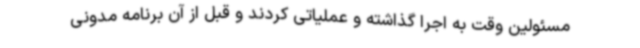
مسئولین وقت به اجرا گذاشته و عملیاتی کردند و قبل از آن برنامه مدونی